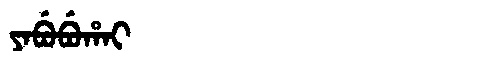
Manchu: ᠶᠠᠪᡠᠪᡠᡥᠠᡳ
Romanization: YABUBUHAI